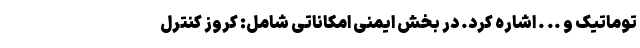
توماتیک و .. . اشاره کرد. در بخش ایمنی امکاناتی شامل: کروز کنترل